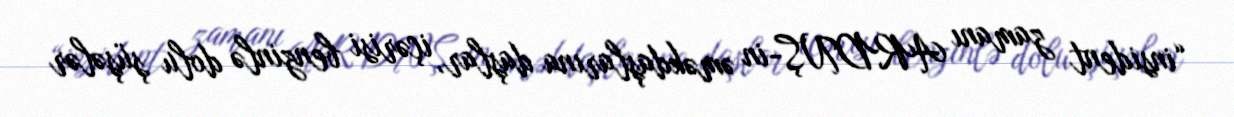
“insident zamanı ARDNŞ-in əməkdaşlarına daşlar, içərisi benzinlə dolu şüşələr